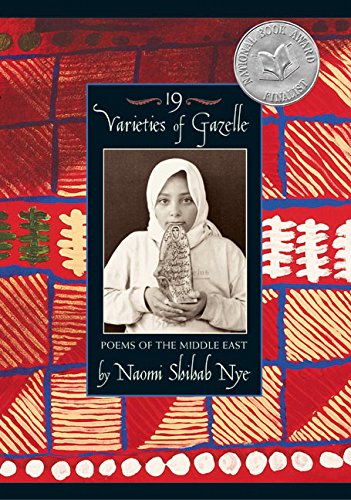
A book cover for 19 Varieties of Gazelle: Poems of the Middle East; Naomi Shihab Nye; Teen & Young Adult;